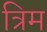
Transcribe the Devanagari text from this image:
त्रिम